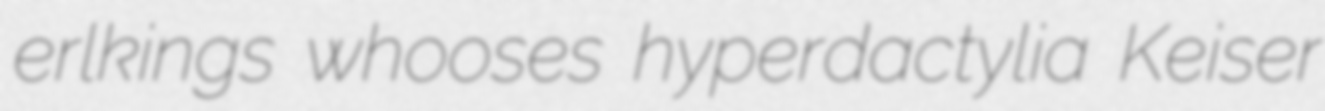
erlkings whooses hyperdactylia Keiser